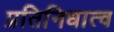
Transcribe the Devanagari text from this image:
प्रतिनिधात्व